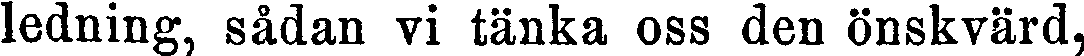
ledning, sådan vi tänka oss den önskvärd,